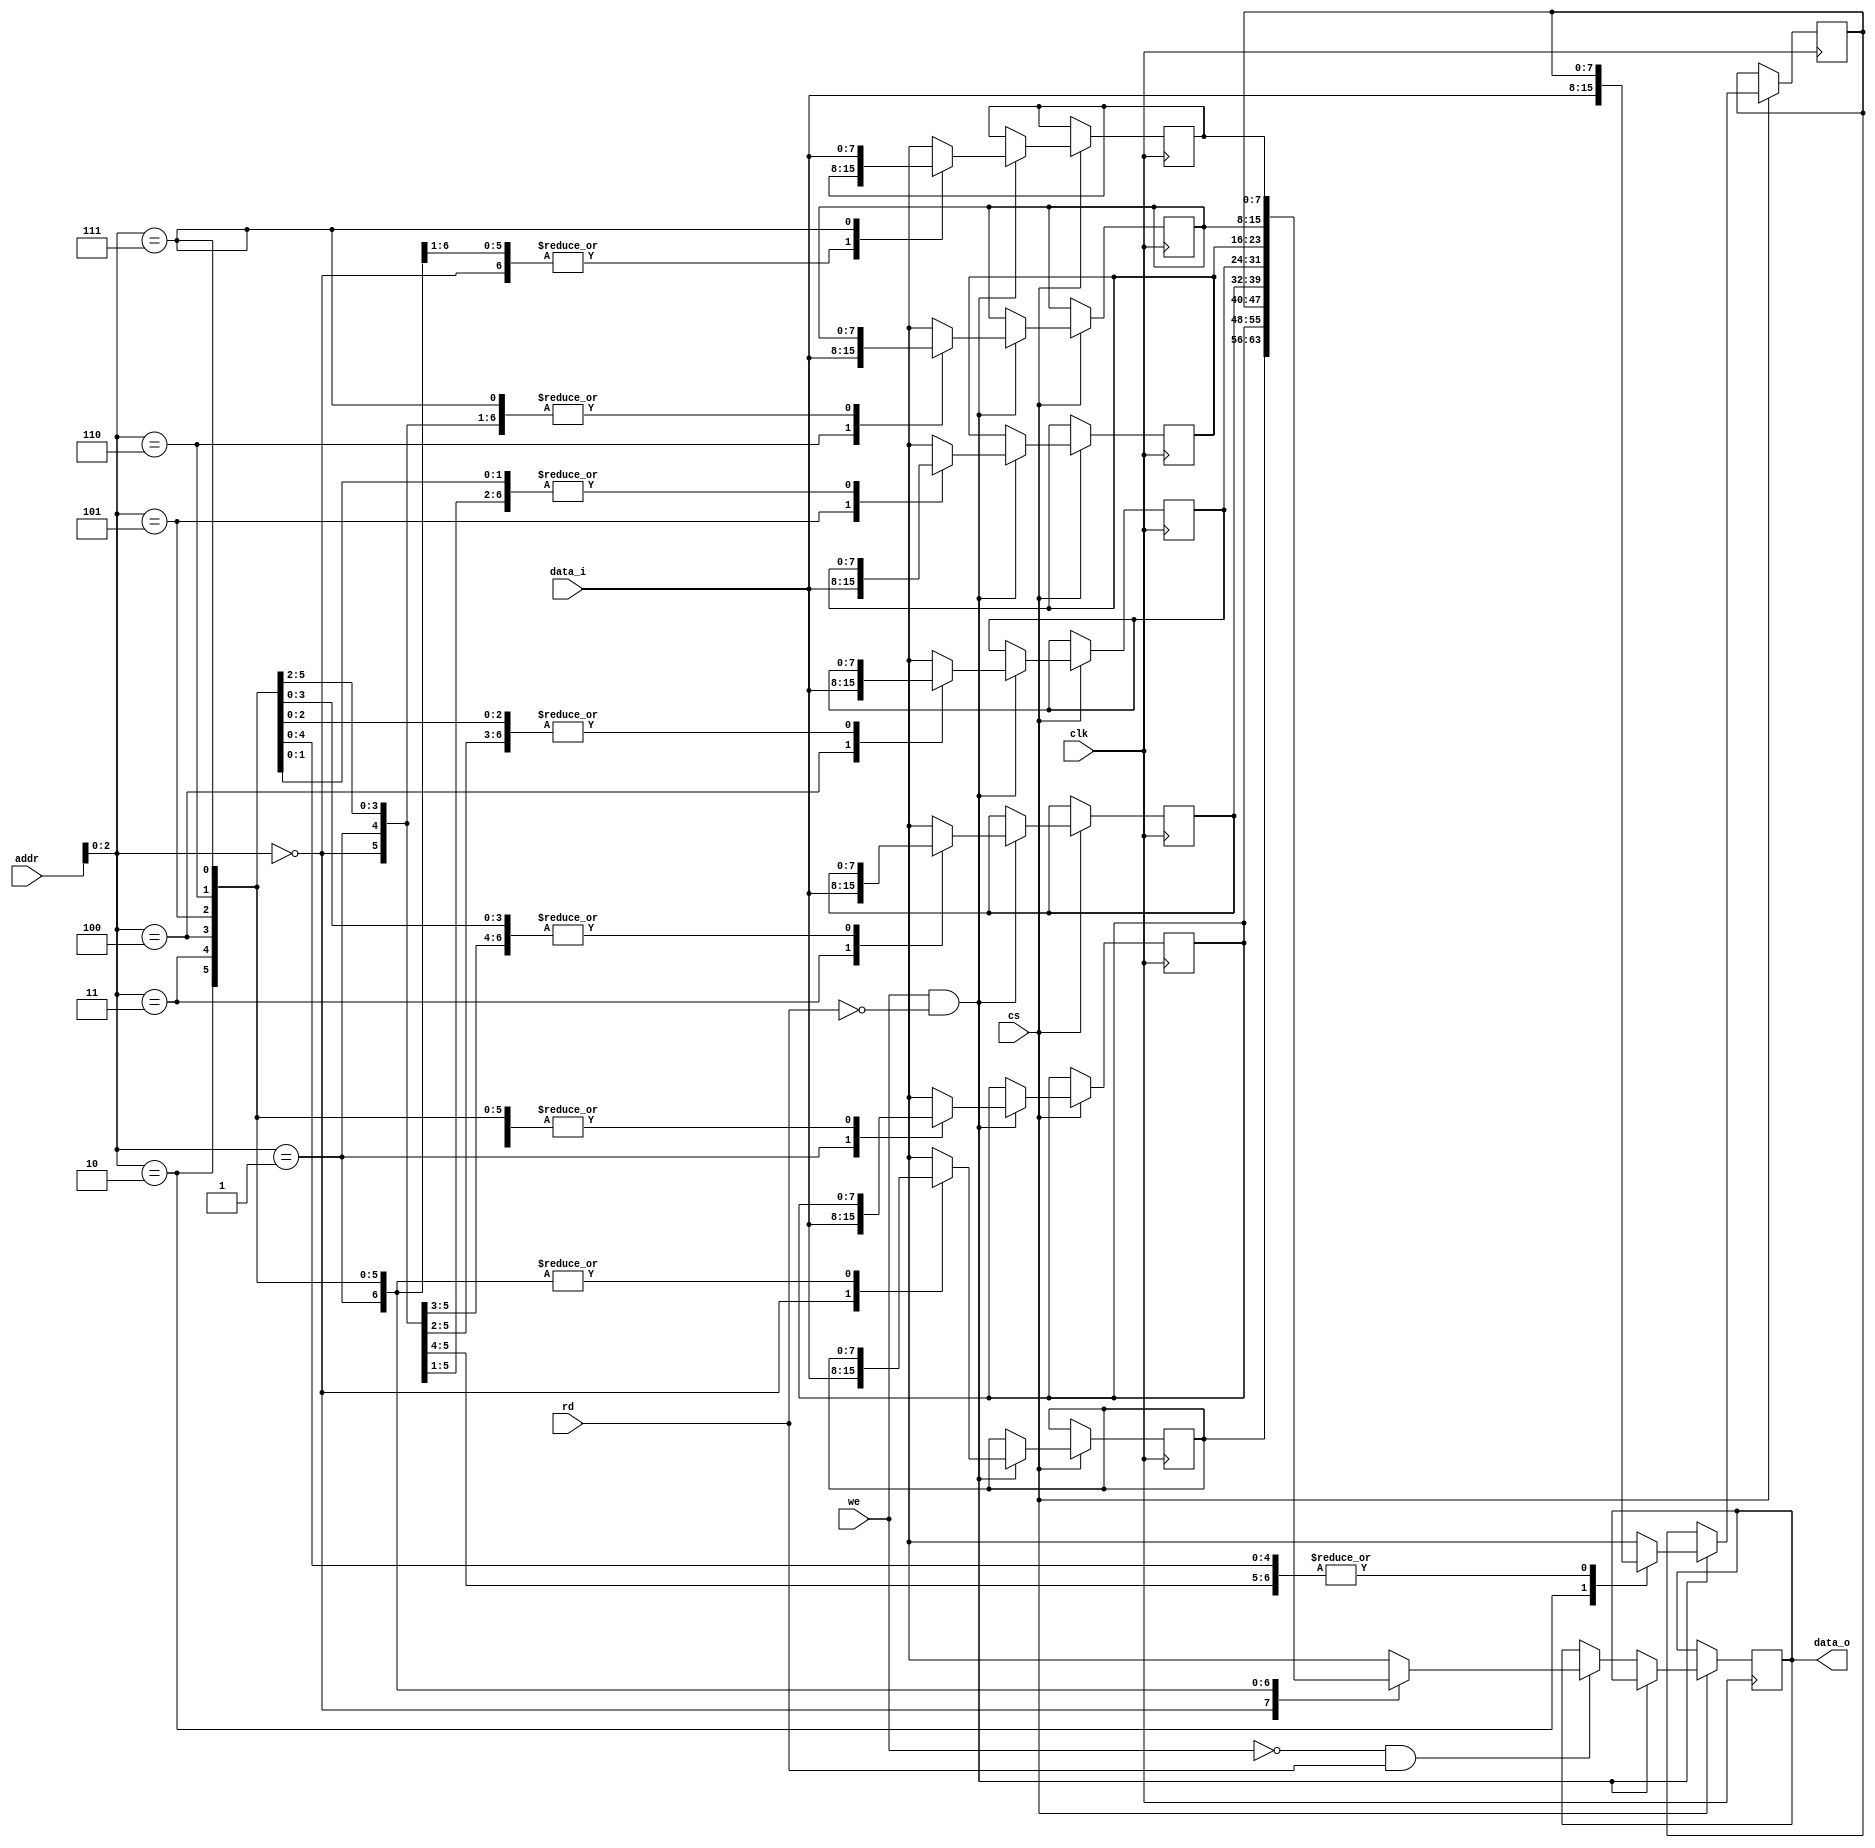
// implementation of sync ram in verilog
// it got 8 bit addr, chipset, clock, read and write operartions
`timescale 1ns/1ps

module SRAM(data_i, data_o, addr, cs, rd, we, clk);

    input [7:0] data_i;
    input [7:0] addr;
    input cs, rd, we, clk;

    output reg [7:0] data_o;
    reg [7:0] sram [7:0];

    always @(posedge clk)
    begin
        if (cs == 1'b1)
        begin
            if (we == 1'b1 && rd == 1'b0)
            begin
                sram[addr] = data_i;
            end
            else if (we == 1'b0 && rd == 1'b1)
            begin
                data_o = sram[addr];
            end
            else;
        end
        else;
    end
endmodule


module stimulus;
    reg [7:0] dataIn;
    reg [7:0] Addr;
    reg CS,WE,RD,Clk;

    wire [7:0] dataOut;
    
    SRAM sram(.data_i(dataIn), .data_o(dataOut), .clk(Clk), .addr(Addr), .cs(CS), .rd(RD), .we(WE));
    
    initial begin
        dataIn = 8'h0;
        Addr = 8'h0;
        CS = 1'b0;
        WE = 1'b0;
        RD= 1'b0;
        Clk = 1'b0;

        #100;

        dataIn = 8'h0;
        Addr = 8'h0;
        CS = 1'b1;
        WE = 1'b1;
        RD= 1'b0;

        #20;
        dataIn = 8'h0;
        Addr = 8'h0;

        #20;

        dataIn = 8'h1;
        Addr = 8'h1;

        #20;
        dataIn = 8'h10;
        Addr = 8'h2;

        #20;
        dataIn = 8'h6;
        Addr = 8'h3;

        #20;

        dataIn = 8'h12;
        Addr = 8'h4;

        #40;
        Addr = 8'h0;
        WE = 1'b0;
        RD = 1'b1;

        #20;
        Addr = 8'h1;
    
        #20;
        Addr = 8'h2;
        #20;
        Addr = 8'h3;
        #20;
        Addr = 8'h4;

    end

    always #10 Clk = ~Clk;

endmodule